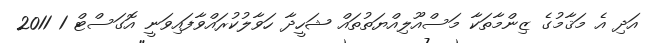
އަދި އެ މަޤާމުގެ ޒިންމާތަކާ މަސްއޫލިއްޔަތުތައް ޝަހީދާ ހަވާލުކުރައްވާފައިވަނީ އޮގަސްޓް 1 2011